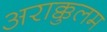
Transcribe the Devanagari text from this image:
अराक्कुलम